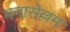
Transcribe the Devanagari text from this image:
मनासेल्लम